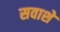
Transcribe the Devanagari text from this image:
सवाशे